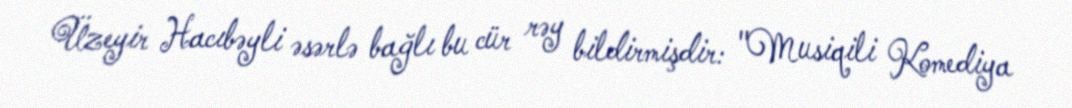
Üzeyir Hacıbəyli əsərlə bağlı bu cür rəy bildirmişdir: "Musiqili Komediya